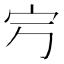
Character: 𡧂